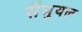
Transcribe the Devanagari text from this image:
सैमुयल